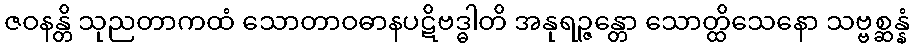
ဇဝနန္တိ သုညတာကထံ သောတာဝဓာနပဋိဗဒ္ဓါတိ အနုရဉ္ဇန္တော သောတ္ထိသေနော သဗ္ဗစ္ဆန္နံ